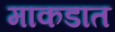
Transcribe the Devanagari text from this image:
माकडात